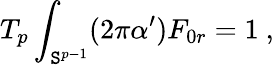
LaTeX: T_{p}\int_{\mathtt{S}^{p-1}}(2\pi\alpha^{\prime})F_{0r}=1\ ,